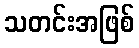
သတင်းအဖြစ်